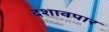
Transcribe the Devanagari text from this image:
दशावपार